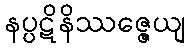
နပ္ပဋိနိဿဇ္ဇေယျ